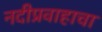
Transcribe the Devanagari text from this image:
नदीप्रवाहाचा